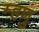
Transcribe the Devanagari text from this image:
म्हणु